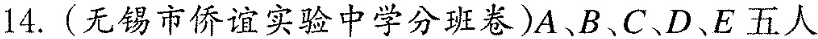
14.(无锡市侨谊实验中学分班卷)A、B、C、D、E五人